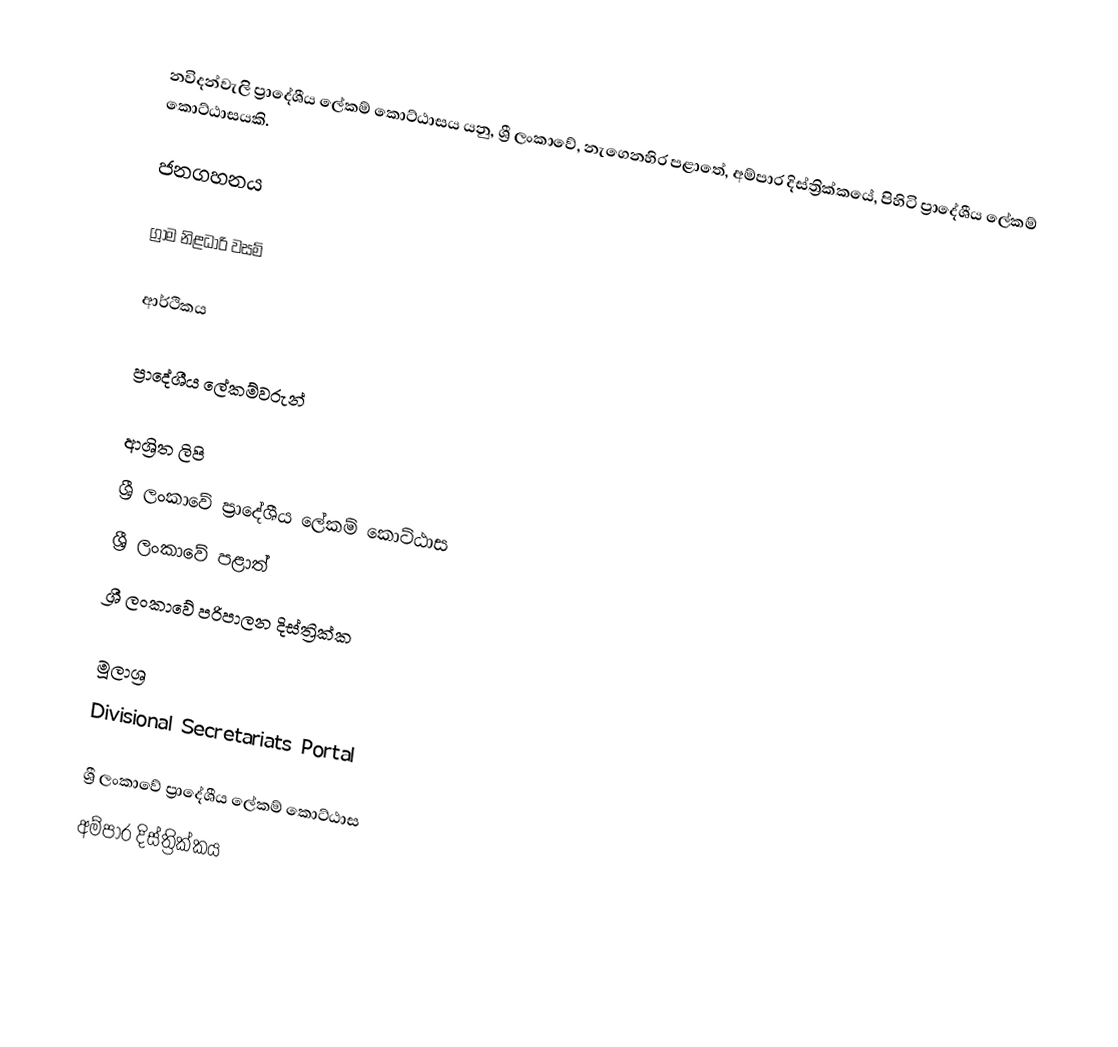
නවිදන්වැලි ප්‍රාදේශීය ලේකම් කොට්ඨාසය යනු,  ශ්‍රී ලංකාවේ, නැගෙනහිර පළාතේ,   අම්පාර දිස්ත්‍රික්කයේ, පිහිටි ප්‍රාදේශීය ලේකම් කොට්ඨාසයකි.

ජනගහනය

ග්‍රාම නිළධාරි වසම්

ආර්ථිකය

ප්‍රාදේශීය ලේකම්වරුන්

ආශ්‍රිත ලිපි
ශ්‍රී ලංකාවේ ප්‍රාදේශීය ලේකම් කොට්ඨාස
ශ්‍රී ලංකාවේ පළාත්
ශ්‍රී ලංකාවේ පරිපාලන දිස්ත්‍රික්ක

මූලාශ්‍ර
 Divisional Secretariats Portal

ශ්‍රී ලංකාවේ ප්‍රාදේශීය ලේකම් කොට්ඨාස
අම්පාර දිස්ත්‍රික්කය